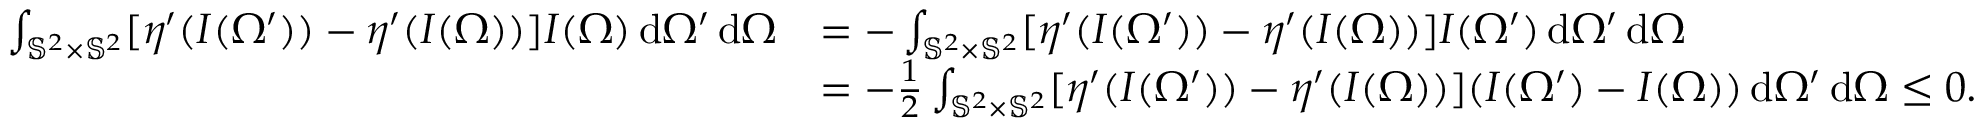
\begin{array} { r l } { \int _ { \mathbb { S } ^ { 2 } \times \mathbb { S } ^ { 2 } } [ \eta ^ { \prime } ( I ( \Omega ^ { \prime } ) ) - \eta ^ { \prime } ( I ( \Omega ) ) ] I ( \Omega ) \, \mathrm { d } \Omega ^ { \prime } \, \mathrm { d } \Omega } & { = - \int _ { \mathbb { S } ^ { 2 } \times \mathbb { S } ^ { 2 } } [ \eta ^ { \prime } ( I ( \Omega ^ { \prime } ) ) - \eta ^ { \prime } ( I ( \Omega ) ) ] I ( \Omega ^ { \prime } ) \, \mathrm { d } \Omega ^ { \prime } \, \mathrm { d } \Omega } \\ & { = - \frac { 1 } { 2 } \int _ { \mathbb { S } ^ { 2 } \times \mathbb { S } ^ { 2 } } [ \eta ^ { \prime } ( I ( \Omega ^ { \prime } ) ) - \eta ^ { \prime } ( I ( \Omega ) ) ] ( I ( \Omega ^ { \prime } ) - I ( \Omega ) ) \, \mathrm { d } \Omega ^ { \prime } \, \mathrm { d } \Omega \le 0 . } \end{array}